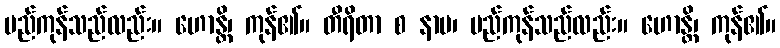
မည်ကုန်သည်လည်း။ ဟောန္တိ၊ ကုန်၏။ တီရိတာ စ နာမ၊ မည်ကုန်သည်လည်း။ ဟောန္တိ၊ ကုန်၏။